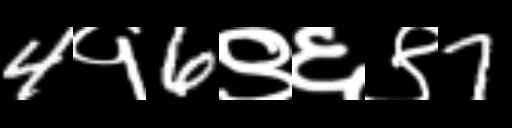
Text: 4१6९६९7